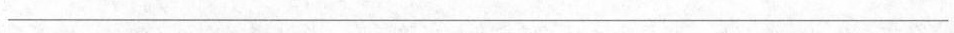
___